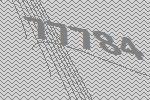
77784